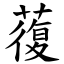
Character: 蕧